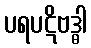
ပရပဋိဗဒ္ဓါ